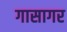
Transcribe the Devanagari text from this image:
गासागर